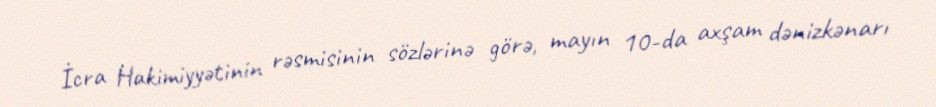
İcra Hakimiyyətinin rəsmisinin sözlərinə görə, mayın 10-da axşam dənizkənarı